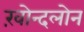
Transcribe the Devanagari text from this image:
ख़ोन्दलोन